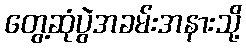
တွေ့ဆုံပွဲအခမ်းအနားသို့